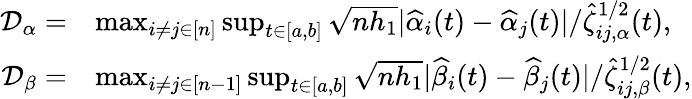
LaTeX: \begin{array}{rl}{\mathcal{D}_{\alpha}=}&{\operatorname*{max}_{i\neq j\in[n]}\operatorname*{sup}_{t\in[a,b]}\sqrt{nh_{1}}|\widehat\alpha_{i}(t)-\widehat\alpha_{j}(t)|/\widehat\zeta_{ij,\alpha}^{1/2}(t),}\\ {\mathcal{D}_{\beta}=}&{\operatorname*{max}_{i\neq j\in[n-1]}\operatorname*{sup}_{t\in[a,b]}\sqrt{nh_{1}}|\widehat\beta_{i}(t)-\widehat\beta_{j}(t)|/\widehat\zeta_{ij,\beta}^{1/2}(t),}\end{array}